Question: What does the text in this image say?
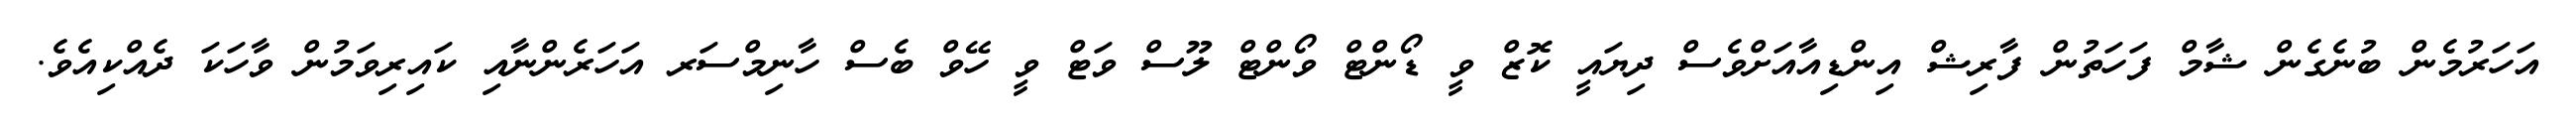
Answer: އަހަރުމެން ބުނެގެން ޝާމް ފަހަތުން ފާރިޝް އިންޑިއާއަށްވެސް ދިޔައީ ކޮޒް ވީ ޑޯންޓް ވޯންޓް ލޫސް ވަޓް ވީ ހޭވް ބެސް ހާނިމްސަރ އަހަރެންނާއި ކައިރިވަމުން ވާހަކަ ދެއްކިއެވެ.